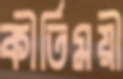
কীর্তিময়ী